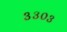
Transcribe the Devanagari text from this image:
३३०३